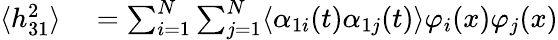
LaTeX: \begin{array}{rl}{\langle h_{31}^{2}\rangle}&{{}=\sum_{i=1}^{N}\sum_{j=1}^{N}\langle\alpha_{1i}(t)\alpha_{1j}(t)\rangle\varphi_{i}(x)\varphi_{j}(x)}\end{array}